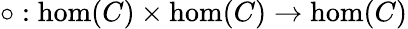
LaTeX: \circ:\hom(C)\times\hom(C)\to\hom(C)